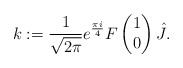
\begin{align*}k :=\frac{1}{\sqrt{2 \pi}}e^{\frac{\pi i}{4}}F\begin{pmatrix}1\\0\end{pmatrix} \hat{J}.\end{align*}